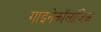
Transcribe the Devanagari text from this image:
गाइनेकॉलॉजिक